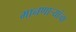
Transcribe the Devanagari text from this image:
मानणार्‍यांचा